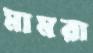
মামরা